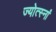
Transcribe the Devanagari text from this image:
ज्योत्स्नां